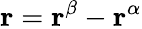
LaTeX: \mathbf{r}=\mathbf{r}^{\beta}-\mathbf{r}^{\alpha}